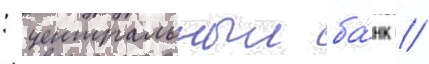
: центральныи ба́нк //